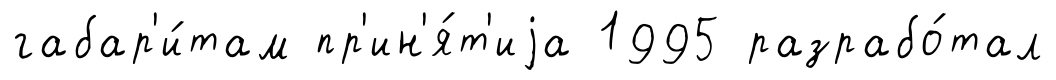
габар'и́там пр'ин'я́т'иjа 1995 разрабо́тал